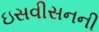
ઇસવીસનની